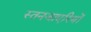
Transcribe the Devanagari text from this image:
स्तनजाएरियों